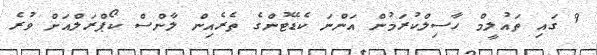
9 ގައި ތައުލީމް ހާސިލްކުރަމުން އަންނަ ކެޑޭޓުންގެ ތެރެއިން ލާންސް ކޯޕްރަލްއަށް ވުރެ